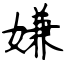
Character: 嫌